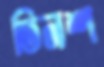
তিনশ